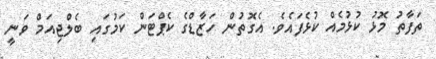
ތަފާތު މޮޅު ކުޅުމެއް ކުޅެފައެވެ. އެގޮތުން ހަޒާޑްގެ ކެޕްޓަން ކަމުގައި ބެލްޖިއަމް ވަނީ